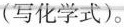
(写化学式)。